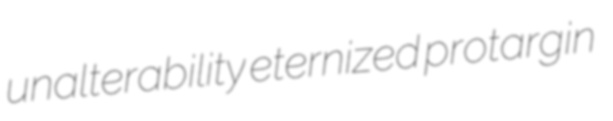
unalterability eternized protargin